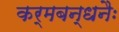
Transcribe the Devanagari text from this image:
कर्मबन्धनैः